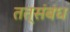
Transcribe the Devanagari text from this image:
तत्संबंध